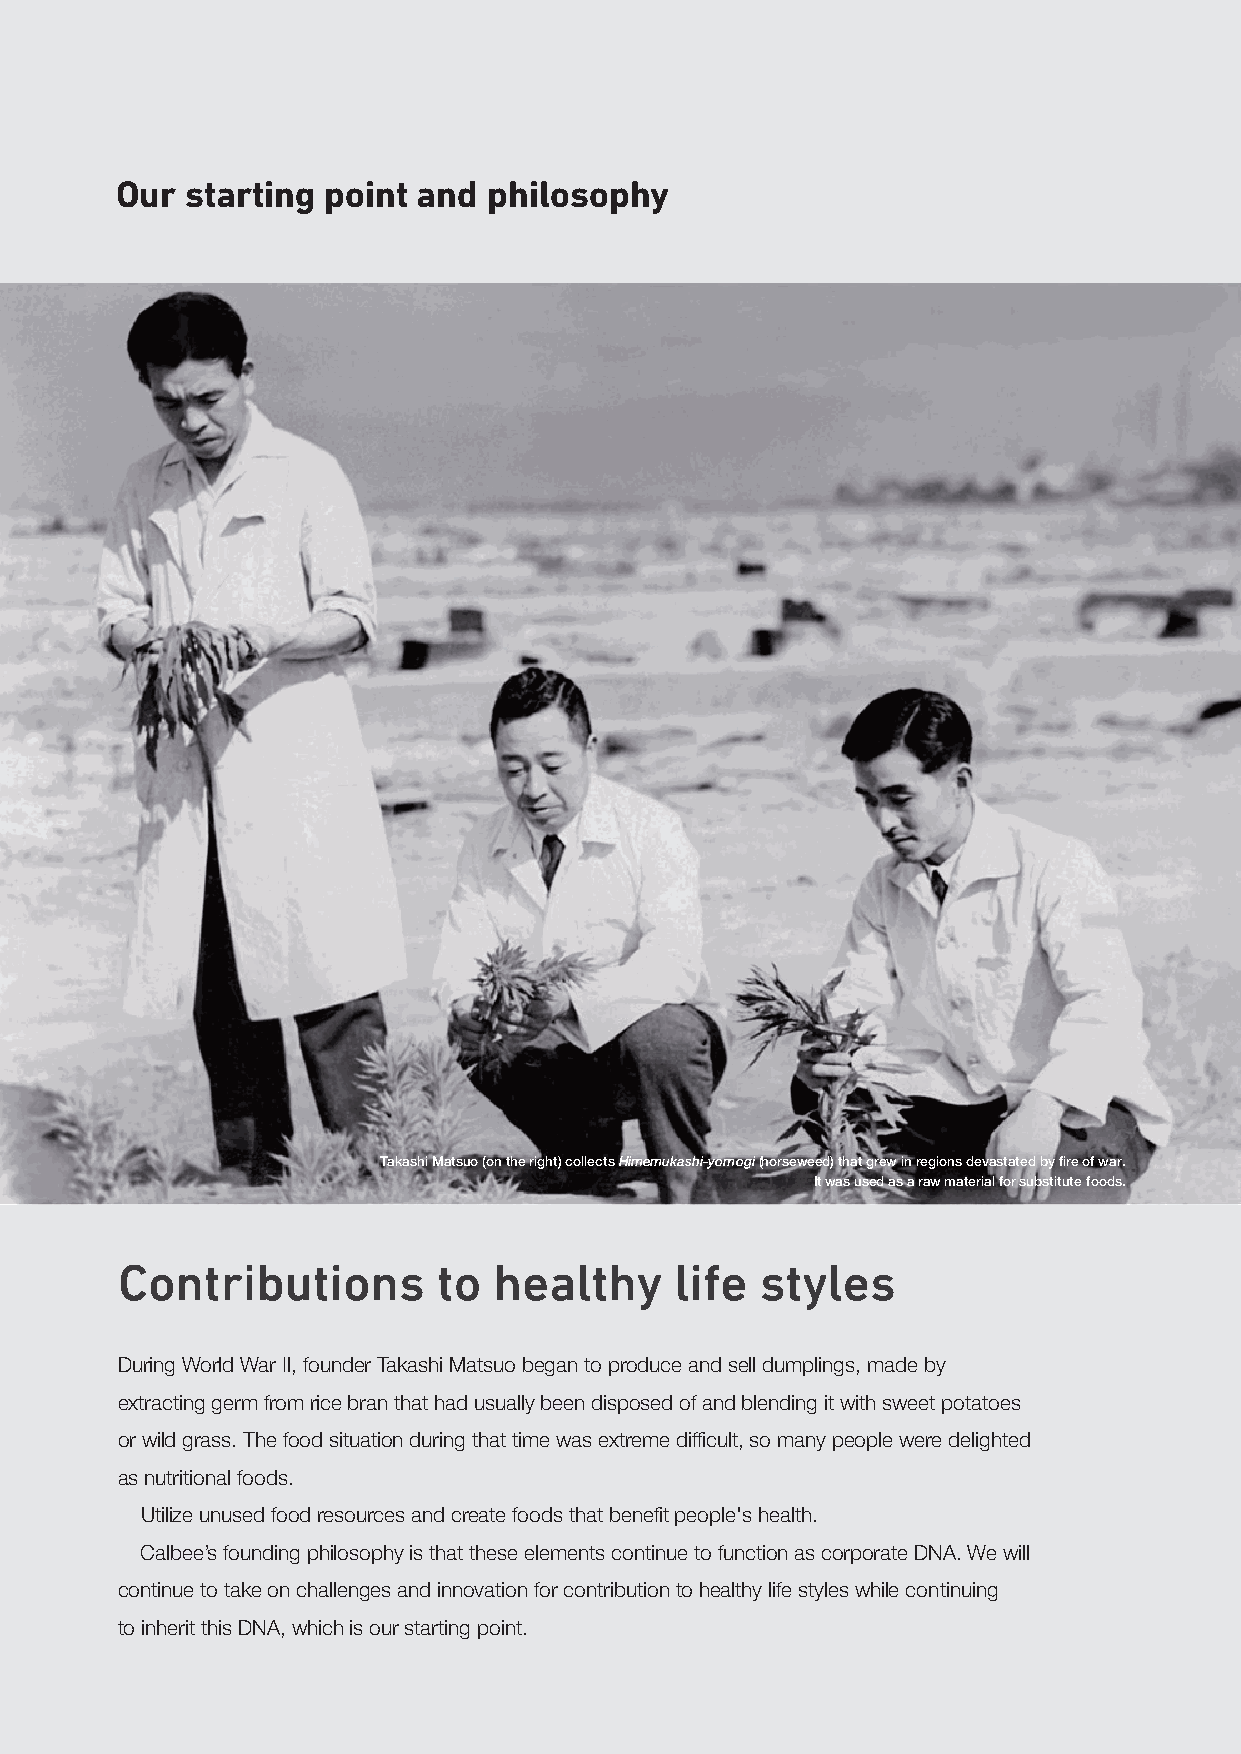
Our starting point  and philosophy                                                Our Value
 Corporate Message
 Group  Vision
 We must earn respect,
 Corporate Philosophy
 admiration and love firstly of our customers,
 suppliers and distributors,
 We are committed to
 secondly of our employees and
 harnessing nature’s gifts,  their families, thirdly of the communities,
 and finally of our stockholders.
 to bringing taste and fun,
 and to contributing to
 healthy life styles.
 Takashi Matsuo (on the right) collects Himemukashi-yomogi (horseweed) that grew in regions devastated by fire of war.
 It was used as a raw material for substitute foods.
 Contributions        to  healthy     life styles
 During World War Ⅱ, founder Takashi Matsuo began to produce and sell dumplings, made by
 extracting germ from rice bran that had usually been disposed of and blending it with sweet potatoes
 or wild grass. The food situation during that time was extreme difficult, so many people were delighted
 as nutritional foods.
 Utilize unused food resources and create foods that benefit people's health.
 Calbee’s founding philosophy is that these elements continue to function as corporate DNA. We will
 continue to take on challenges and innovation for contribution to healthy life styles while continuing
 to inherit this DNA, which is our starting point.
 Calbee Report 2019 01